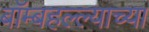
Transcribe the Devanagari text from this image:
बॉम्बहल्ल्याच्या